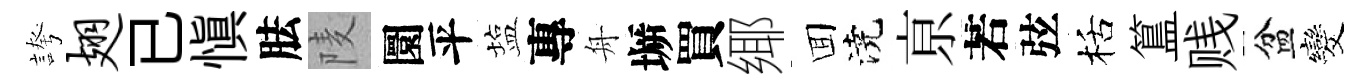
誇翅已慎胠𨹧圜平塩專舟󶱲買鄊囬澆亰若弦栝簋贱盆发